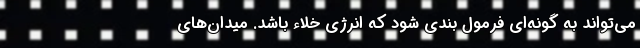
می‌تواند به گونه‌ای فرمول بندی شود که انرژی خلاء باشد. میدان‌های